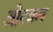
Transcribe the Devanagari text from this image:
ओरक्ल